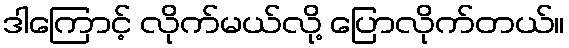
ဒါကြောင့် လိုက်မယ်လို့ ပြောလိုက်တယ်။